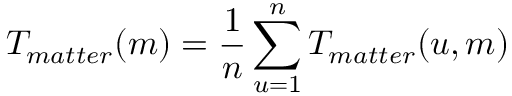
T _ { m a t t e r } ( m ) = \frac { 1 } { n } \sum _ { u = 1 } ^ { n } T _ { m a t t e r } ( u , m )